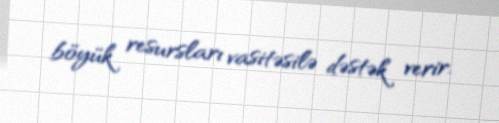
böyük resursları vasitəsilə dəstək verir.